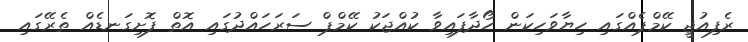
ރެފިއުޖީ ކޭމްޕެއްގައި ހިޔާވަހިކަން ހޯދާފައިވާ ކުއްޖަކު ކޭމްޕް ސަރަހައްދުގައި އޮތް ފޮށިގަނޑެއް ތެރޭގައި